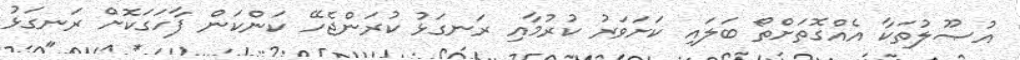
އުޞޫލުތަކާ އެއްގޮތަށްތޯ ބަލައި ކަށަވަރު ކުރުމާއި ރަނގަޅު ކުރަންޖެހޭ ކަންކަން ފާހަގަކޮށް ރަނގަޅު